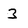
Character: 3